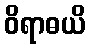
ဝိရာဓယိ